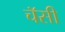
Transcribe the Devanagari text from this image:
चॅसी